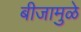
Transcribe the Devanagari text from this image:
बीजामुळे